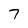
Character: 7